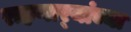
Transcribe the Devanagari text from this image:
राहणार्‍यांच्या